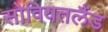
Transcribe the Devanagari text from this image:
सोवियतलैंड